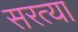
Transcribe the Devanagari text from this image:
सरत्या